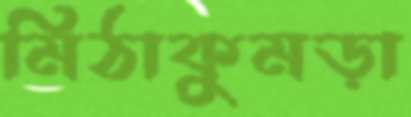
মিঠাকুমড়া